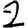
Digit: 2